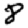
Digit: 8